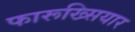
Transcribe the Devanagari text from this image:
फारूख्सियार